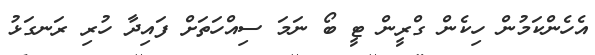
އެހެންކަމުން ހިކެން ގްރީން ޓީ ބޯ ނަމަ ސިއްހަތަށް ފައިދާ ހުރި ރަނގަޅު